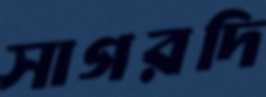
সাগরদি